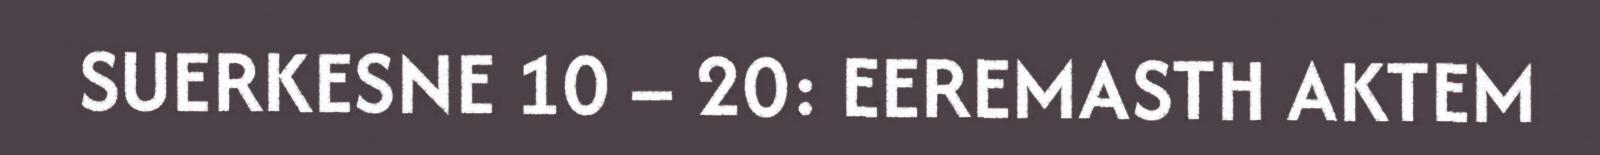
SUERKESNE 10 – 20: EEREMASTH AKTEM